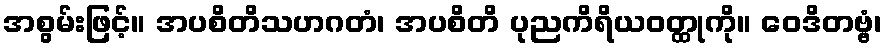
အစွမ်းဖြင့်။ အပစိတိသဟဂတံ၊ အပစိတိ ပုညကိရိယဝတ္ထုကို။ ဝေဒိတဗ္ဗံ၊